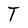
Character: T